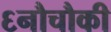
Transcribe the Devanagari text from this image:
६नौचौकी